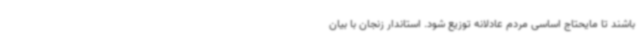
باشند تا مایحتاج اساسی مردم عادلانه توزیع شود. استاندار زنجان با بیان